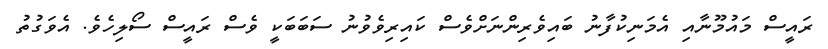
ރައީސް މައުމޫނާއި އެމަނިކުފާނު ބައިވެރިންނަށްވެސް ކައިރިވެވުނު ސަބަބަކީ ވެސް ރައީސް ސޯލިހެވެ. އެވަގުތު